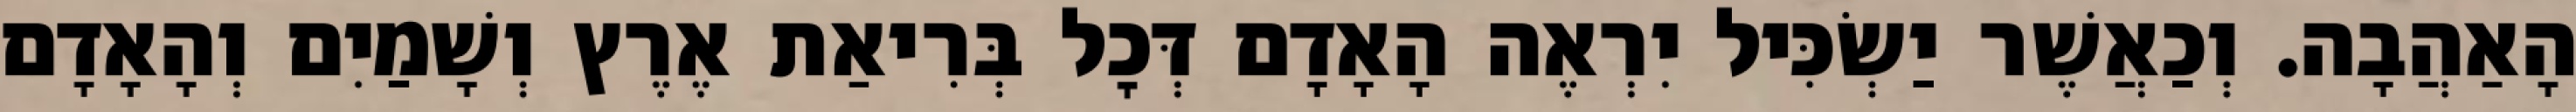
הָאַהֲבָה. וְכַאֲשֶׁר יַשְׂכִּיל יִרְאֶה הָאָדָם דְּכׇל בְּרִיאַת אֶרֶץ וְשָׁמַיִם וְהָאָדָם